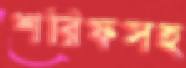
শরিফসহ